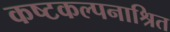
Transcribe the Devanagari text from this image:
कष्टकल्पनाश्रित